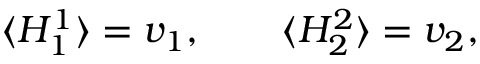
\langle H _ { 1 } ^ { 1 } \rangle = v _ { 1 } , \qquad \langle H _ { 2 } ^ { 2 } \rangle = v _ { 2 } ,